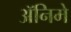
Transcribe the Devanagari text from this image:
ॲनिमे